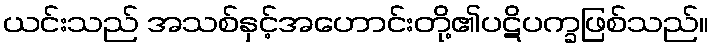
ယင်းသည် အသစ်နှင့်အဟောင်းတို့၏ပဋိပက္ခဖြစ်သည်။